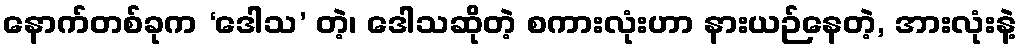
နောက်တစ်ခုက ‘ဒေါသ’ တဲ့၊ ဒေါသဆိုတဲ့ စကားလုံးဟာ နားယဉ်နေတဲ့, အားလုံးနဲ့